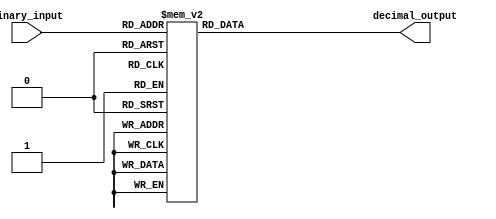
module BCD_decoder(
    input [3:0] binary_input,
    output reg [6:0] decimal_output
);

always @(*)
begin
    case(binary_input)
        4'b0000: decimal_output = 7'b1111110; // Decimal 0
        4'b0001: decimal_output = 7'b0110000; // Decimal 1
        4'b0010: decimal_output = 7'b1101101; // Decimal 2
        4'b0011: decimal_output = 7'b1111001; // Decimal 3
        4'b0100: decimal_output = 7'b0110011; // Decimal 4
        4'b0101: decimal_output = 7'b1011011; // Decimal 5
        4'b0110: decimal_output = 7'b1011111; // Decimal 6
        4'b0111: decimal_output = 7'b1110000; // Decimal 7
        4'b1000: decimal_output = 7'b1111111; // Decimal 8
        4'b1001: decimal_output = 7'b1111011; // Decimal 9
        default: decimal_output = 7'b0000000;   // For any other input values
    endcase
end

endmodule